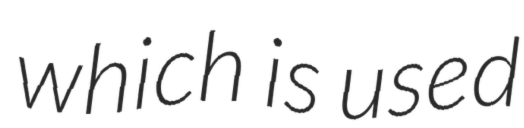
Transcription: which is used